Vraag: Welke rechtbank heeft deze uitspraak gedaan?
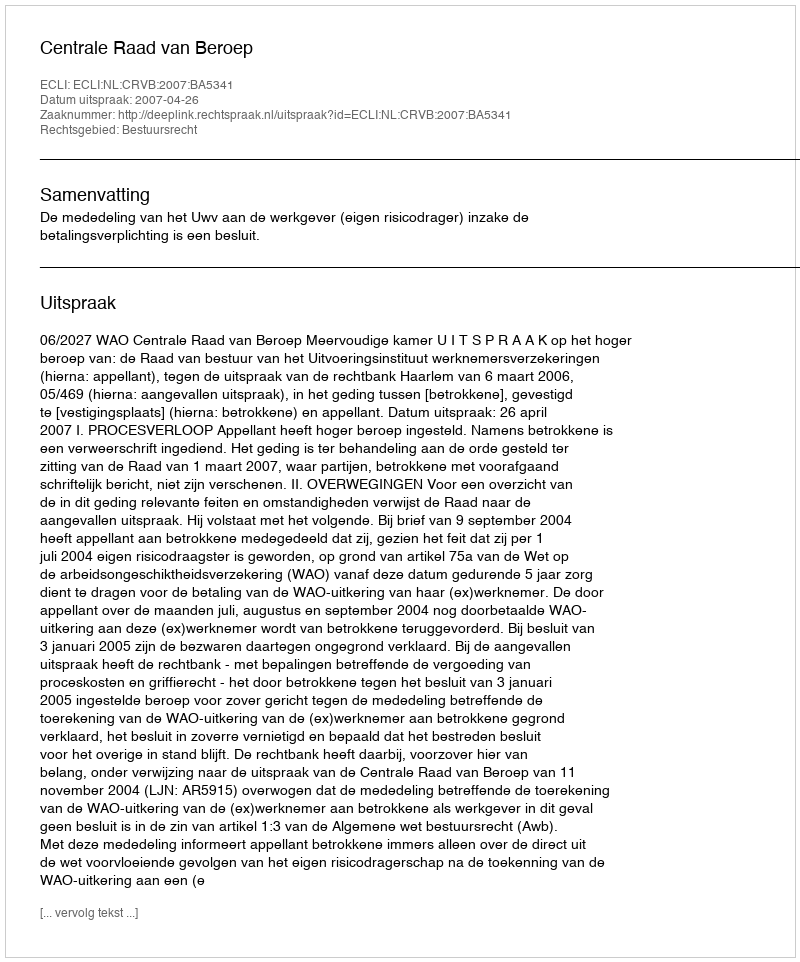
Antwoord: Centrale Raad van Beroep